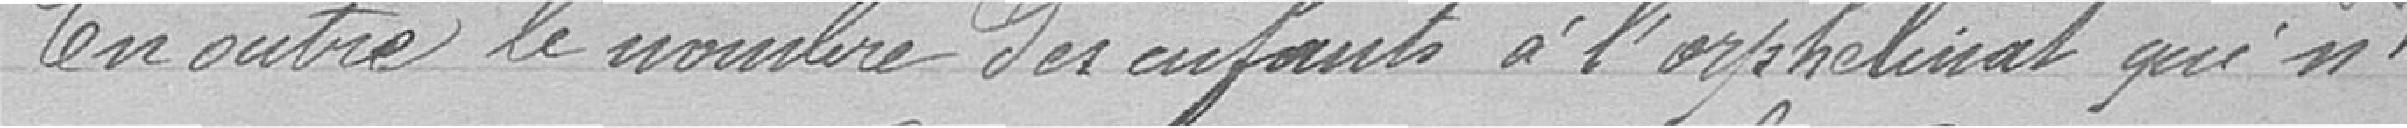
En outre, le nombre des enfants à l'orphelinat qui n'